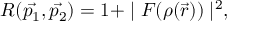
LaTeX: R ( \vec { p _ { 1 } } , \vec { p _ { 2 } } ) = 1 + \mid { \cal F } ( \rho ( \vec { r } ) ) \mid ^ { 2 } ,